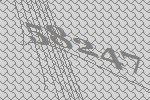
58247